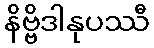
နိဗ္ဗိဒါနုပဿီ